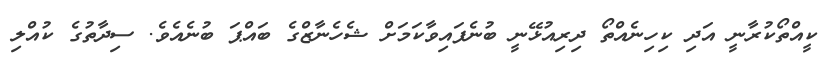
ކީއްތޯކުރާނީ އަދި ކިހިނެއްތޯ ދިރިއުޅޭނީ ބުނެފައިވާކަމަށް ޝެހެނާޒްގެ ބައްޕަ ބުނެއެވެ. ސިދާތުގެ ކުއްލި